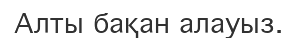
Алты бақан алауыз.